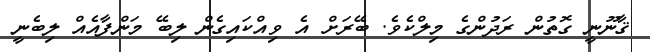
ޤާނޫނީ ގޮތުން ރަދުންގެ މިލްކެވެ. ބޭރަށް އެ ވިއްކައިގެން ލިބޭ މަންފާއެއް ލިބެނީ